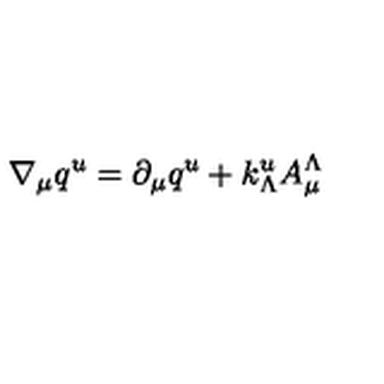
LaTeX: \nabla _ { \mu } q ^ { u } = \partial _ { \mu } q ^ { u } + k _ { \Lambda } ^ { u } A _ { \mu } ^ { \Lambda }